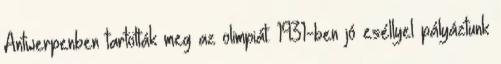
Antwerpenben tartották meg az olimpiát. 1931-ben jó eséllyel pályáztunk